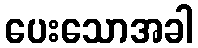
ပေးသောအခါ